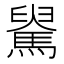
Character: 𩤺